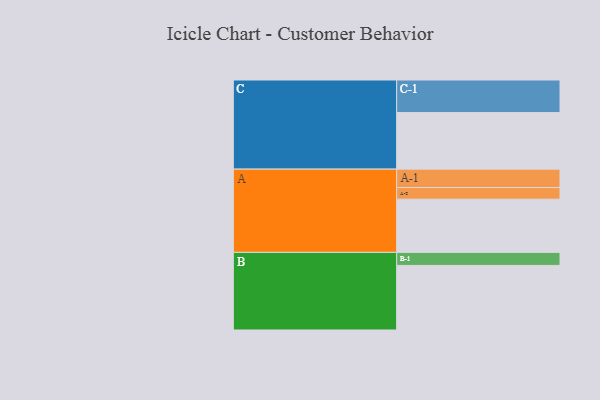
{"axis": {"x": "Segment", "y": "Value"}, "legend": ["", "A", "B", "C"], "data": [{"x": "A", "y": 425, "type": ""}, {"x": "B", "y": 516, "type": ""}, {"x": "C", "y": 452, "type": ""}, {"x": "A-1", "y": 147, "type": "A"}, {"x": "A-2", "y": 93, "type": "A"}, {"x": "B-1", "y": 104, "type": "B"}, {"x": "C-1", "y": 260, "type": "C"}]}